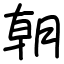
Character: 朝